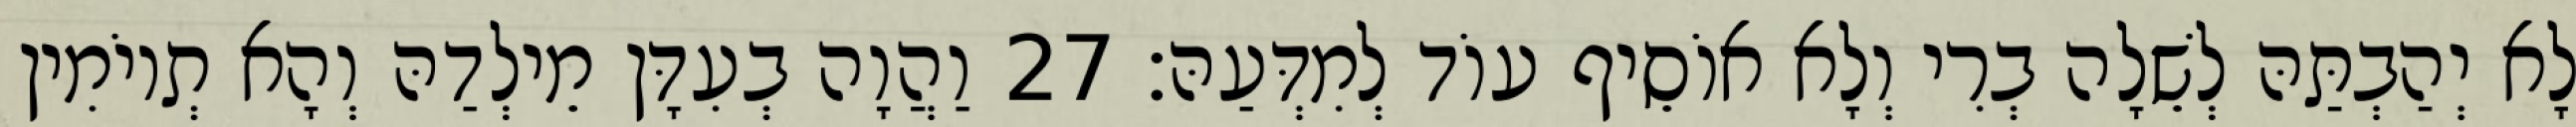
לָא יְהַבְתַּהּ לְשֵׁלָה בְרִי וְלָא אוֹסֵיף עוֹד לְמִדְּעַהּ׃ 27 וַהֲוָה בְעִדָּן מֵילְדַהּ וְהָא תְיוֹמִין